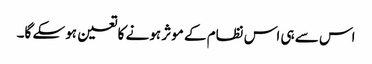
اس سے ہی اس نظام کے موثر ہونے کا تعین ہوسکے گا۔